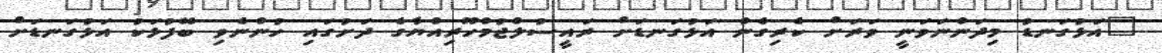
"އަޅުގަނޑު މިދަންނަވަނީ ވަރަށް ކެރިގެން އަޅުގަނޑަށް ރައީސުލްޖުމްހޫރިއްޔާގެ ދަށުގައި ހުންނެވި ބޭފުޅަކު އަޅުގަނޑަށް